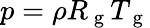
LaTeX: p=\rho R_{\mathrm{~g~}}T_{\mathrm{~g~}}